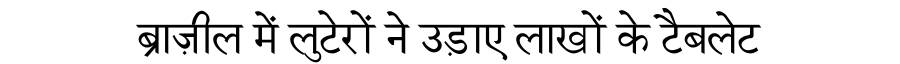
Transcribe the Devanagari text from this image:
ब्राज़ील में लुटेरों ने उड़ाए लाखों के टैबलेट